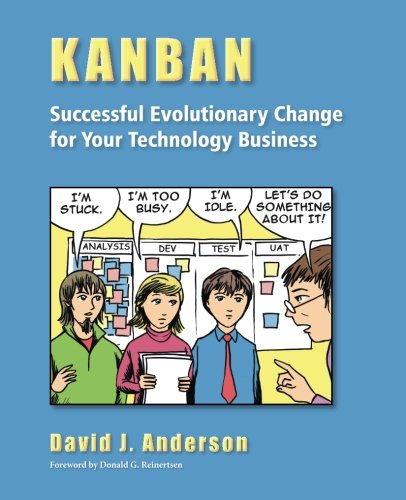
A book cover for Kanban: Successful Evolutionary Change for Your Technology Business; David J. Anderson; Business & Money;